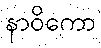
နာဝိကော